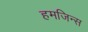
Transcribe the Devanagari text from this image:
हमजिन्स